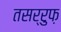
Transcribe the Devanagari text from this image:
तसर्रुफ़